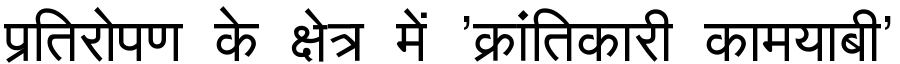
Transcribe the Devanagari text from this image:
प्रतिरोपण के क्षेत्र में 'क्रांतिकारी कामयाबी'